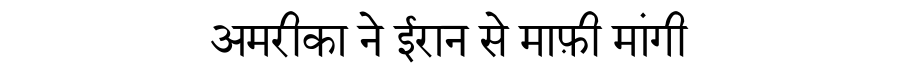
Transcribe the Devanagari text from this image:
अमरीका ने ईरान से माफ़ी मांगी